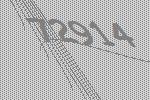
72914